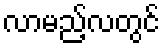
လာမည့်လတွင်